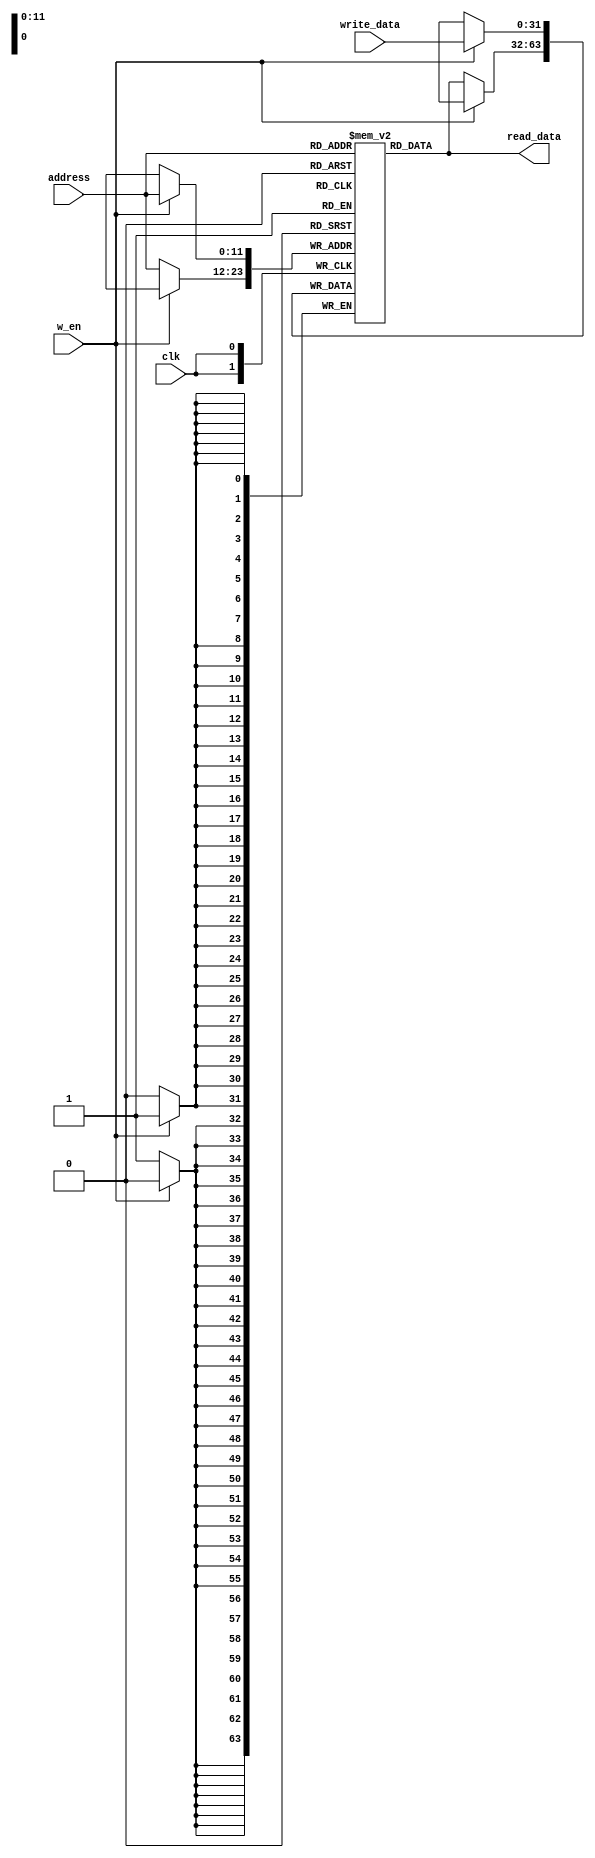
module RAM(clk,w_en,address,write_data,read_data);
    input clk;
    input w_en;
    input [11:0] address;
    input [31:0] write_data;
    output reg[31:0] read_data;

    reg [31:0] mem [0:4095];
    //parameter index= address;           ////////?? parameter?\

    
    //write(sequential)
    always @(posedge clk ) 
    begin
        if (w_en) 
        begin
            mem[address] <=write_data[31:0];           /////next cycle?
        end
        else
        begin
            mem[address] <=mem[address] ;
        end
    end

    //read(comb)    fetch
    always @(*) 
    begin
        read_data = mem[address];
    end

endmodule